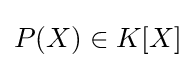
P(X)\in K[X]